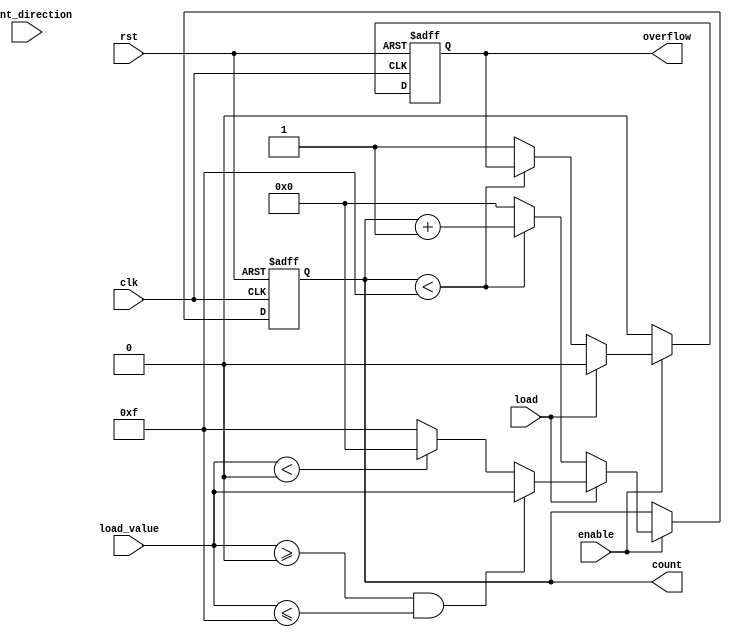
module parameterized_counter
#(
    parameter WIDTH = 4,                // Number of bits for the counter
    parameter MIN_VALUE = 0,            // Minimum count value
    parameter MAX_VALUE = (1 << WIDTH) - 1, // Maximum count value (2^WIDTH - 1)
    parameter COUNT_MODE = 0             // Count mode: 0=up, 1=down, 2=up/down
)
(
    input clk,                           // Clock signal
    input rst,                           // Active-high reset signal
    input enable,                        // Enable counting
    input count_direction,               // Control signal for up/down mode
    input load,                          // Load new value signal
    input [WIDTH-1:0] load_value,       // Value to load into the counter
    output reg [WIDTH-1:0] count,       // Current count value
    output reg overflow                  // Overflow signal
);

    // Initialize the count and overflow
    initial begin
        count = MIN_VALUE;
        overflow = 0;
    end

    // Always block triggered on rising edge of clk
    always @(posedge clk or posedge rst) begin
        if (rst) begin
            // Reset the counter to the minimum value
            count <= MIN_VALUE;
            overflow <= 0;
        end else if (!enable) begin
            // If counting is disabled, hold the current value
            overflow <= 0;
        end else if (load) begin
            // Load the new value into the counter
            if (load_value >= MIN_VALUE && load_value <= MAX_VALUE) begin
                count <= load_value;
            end else if (load_value < MIN_VALUE) begin
                count <= MIN_VALUE;
            end else begin
                count <= MAX_VALUE;
            end
            overflow <= 0;
        end else begin
            // Counting logic based on COUNT_MODE
            case (COUNT_MODE)
                0: begin // Count Up
                    if (count < MAX_VALUE) begin
                        count <= count + 1;
                    end else begin
                        count <= MIN_VALUE; // Wrap around
                        overflow <= 1;      // Set overflow flag
                    end
                end
                1: begin // Count Down
                    if (count > MIN_VALUE) begin
                        count <= count - 1;
                    end else begin
                        count <= MAX_VALUE; // Wrap around
                        overflow <= 1;      // Set overflow flag
                    end
                end
                2: begin // Up/Down Mode
                    if (count_direction) begin // Count Up
                        if (count < MAX_VALUE) begin
                            count <= count + 1;
                        end else begin
                            count <= MIN_VALUE; // Wrap around
                            overflow <= 1;      // Set overflow flag
                        end
                    end else begin // Count Down
                        if (count > MIN_VALUE) begin
                            count <= count - 1;
                        end else begin
                            count <= MAX_VALUE; // Wrap around
                            overflow <= 1;      // Set overflow flag
                        end
                    end
                end
                default: begin
                    // Default case to handle unexpected COUNT_MODE values
                    count <= count; // Hold the value
                end
            endcase
        end
    end

endmodule